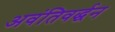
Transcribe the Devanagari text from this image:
अवंतिवर्द्धन